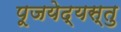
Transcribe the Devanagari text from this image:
पूजयेद्यस्तु